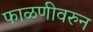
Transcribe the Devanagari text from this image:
फाळणीवरुन